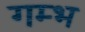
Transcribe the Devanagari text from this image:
गम्भ